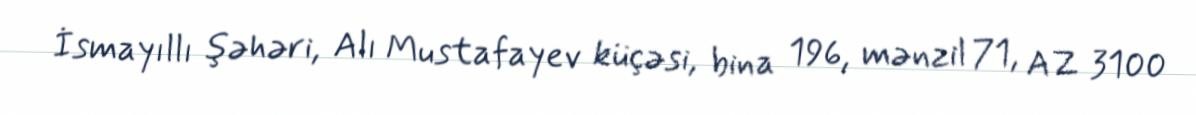
İsmayıllı şəhəri, Alı Mustafayev küçəsi, bina 196, mənzil 71, AZ 3100